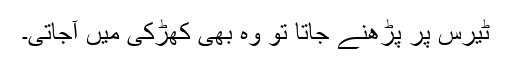
ٹیرس پر پڑھنے جاتا تو وہ بھی کھڑکی میں آجاتی۔